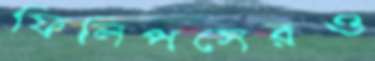
ফিলিপসেরও